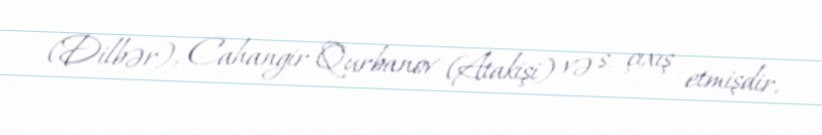
(Dilbər), Cahangir Qurbanov (Atakişi) və s. çıxış etmişdir.